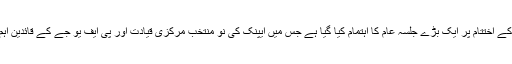
25 مئی کو کنوشن کے اختتام پر ایک بڑے جلسہ عام کا اہتمام کیا گیا ہے جس میں ایپنک کی نو منتخب مرکزی قیادت اور پی ایف یو جے کے قائدین اہم اعلانات کریں گے۔